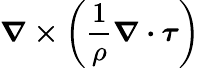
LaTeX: \boldsymbol{\nabla\times}\bigg(\frac{1}{\rho}\boldsymbol{\nabla\cdot\tau}\bigg)